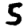
Digit: 5